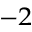
^ { - 2 }